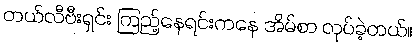
တယ်လီဗီးရှင်း ကြည့်နေရင်းကနေ အိမ်စာ လုပ်ခဲ့တယ်။